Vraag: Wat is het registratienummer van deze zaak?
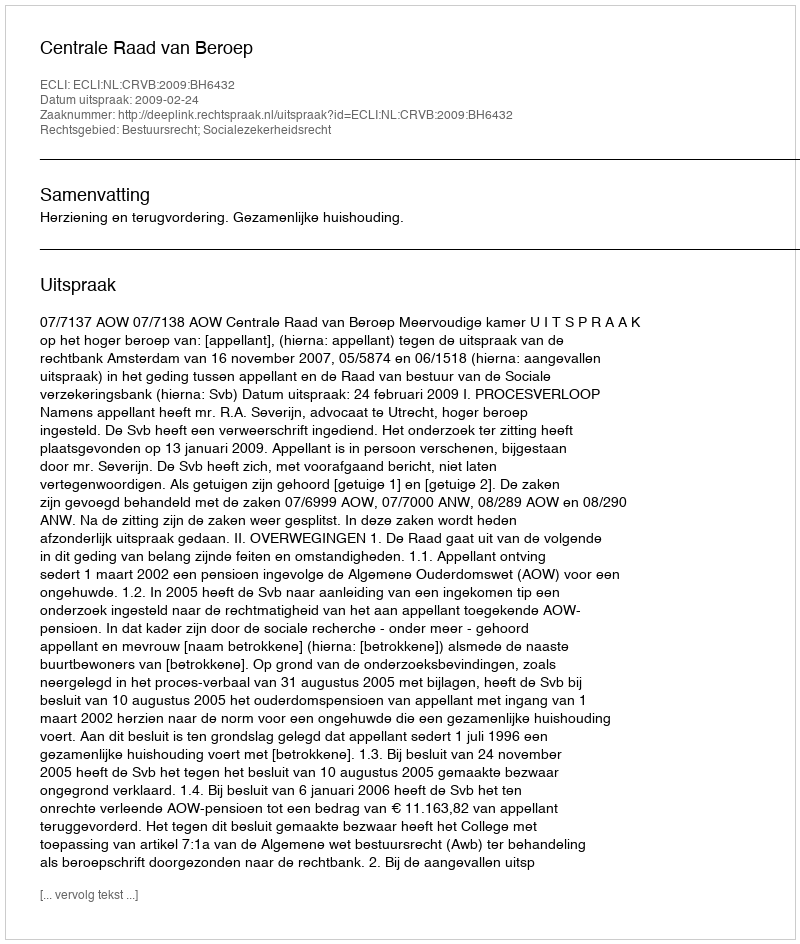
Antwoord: http://deeplink.rechtspraak.nl/uitspraak?id=ECLI:NL:CRVB:2009:BH6432